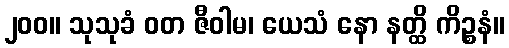
၂၀၀။ သုသုခံ ဝတ ဇီဝါမ၊ ယေသံ နော နတ္ထိ ကိဉ္စနံ။